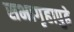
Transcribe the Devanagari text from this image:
सभागृहापुढे